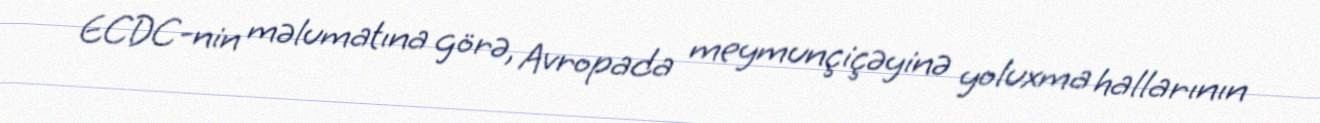
ECDC-nin məlumatına görə, Avropada meymunçiçəyinə yoluxma hallarının